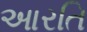
આરતિ